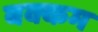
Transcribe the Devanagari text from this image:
बक्कम